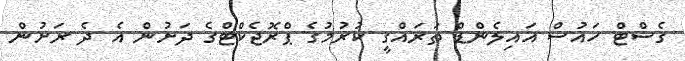
ގެސްޓް ހައުސް އައިލެންޑް ތަރައްގީ ކުރުމުގެ ޕްރޮޖެކްޓްގެ ދަށުން އެ ދެ ރަށުން